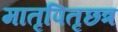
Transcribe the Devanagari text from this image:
मातृपितृछत्र